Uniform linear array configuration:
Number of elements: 24
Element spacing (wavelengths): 0.5
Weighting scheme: kaiser
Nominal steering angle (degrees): -30
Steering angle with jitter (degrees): -31.546
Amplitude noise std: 0.05
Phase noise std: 0.05

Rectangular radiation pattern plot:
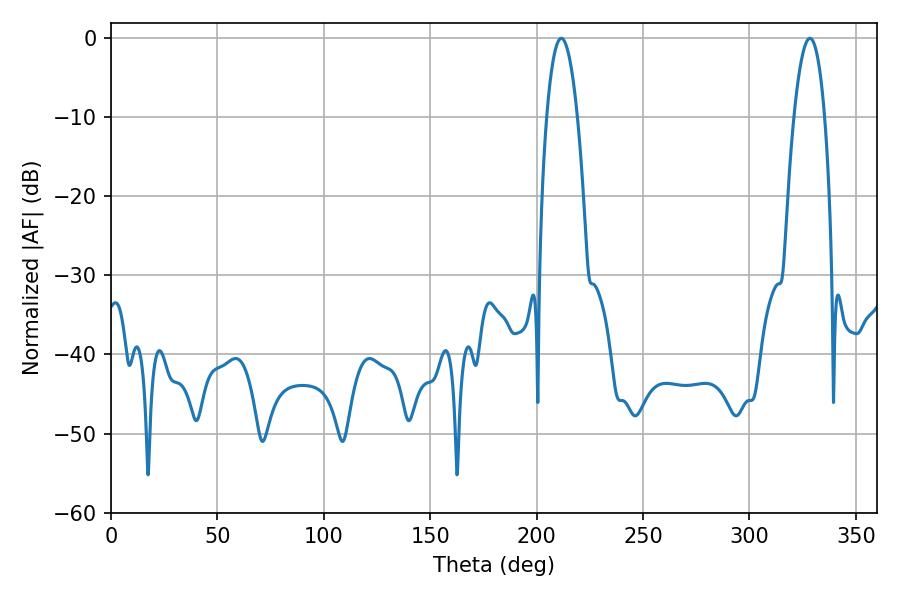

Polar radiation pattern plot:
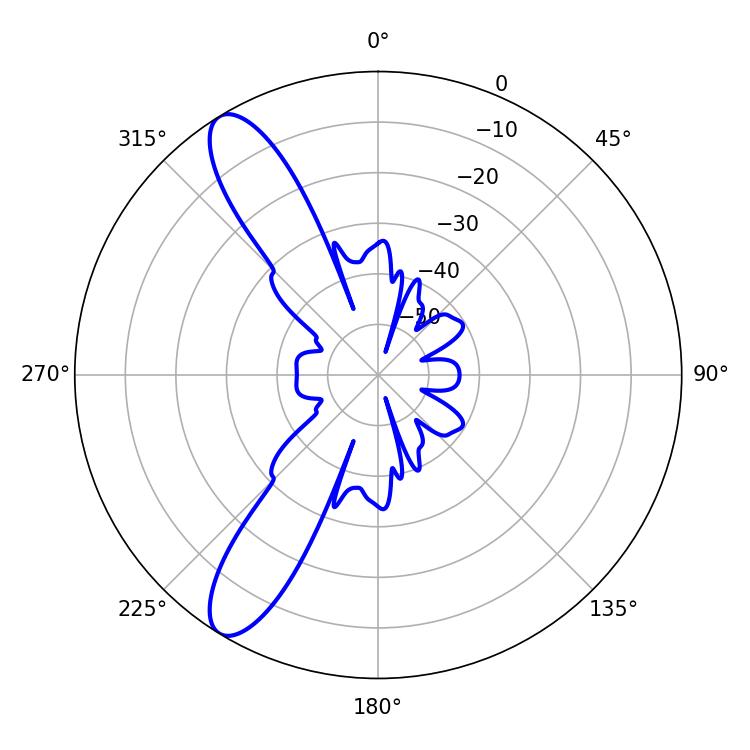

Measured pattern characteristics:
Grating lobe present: FALSE
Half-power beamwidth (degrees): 7.92
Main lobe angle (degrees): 211.5